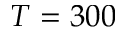
T = 3 0 0